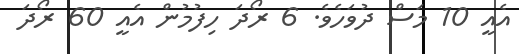
އެއީ 10 މަސް ދުވަހެވެ. 6 ރޯދަ ހިފުމުން އެއީ 60 ރޯދަ